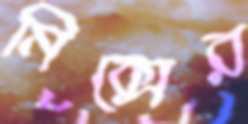
মিক্সের